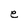
Character: e